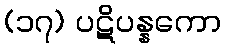
(၁၇) ပဋိပန္နကော